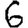
Digit: 6